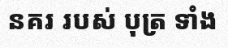
នគរ របស់ បុត្រ ទាំង